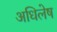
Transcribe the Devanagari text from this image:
अधिलेष